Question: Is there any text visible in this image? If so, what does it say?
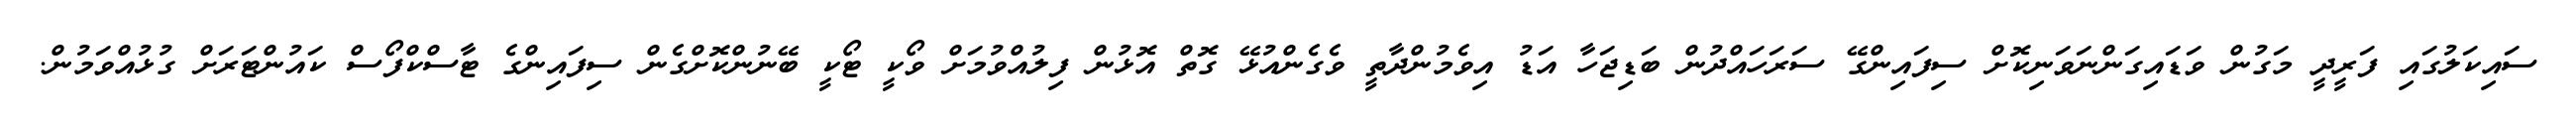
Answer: ސައިކަލުގައި ފަރީދީ މަގުން ވަޑައިގަންނަވަނިކޮށް ސިފައިންގޭ ސަރަހައްދުން ބަޑިޖަހާ އަޑު އިވެމުންދާތީ ވެގެންއުޅޭ ގޮތް އޮޅުން ފިލުއްވުމަށް ވޯކީ ޓޯކީ ބޭނުންކޮށްގެން ސިފައިންގެ ޓާސްކްފޯސް ކައުންޓަރަށް ގުޅުއްވަމުން.